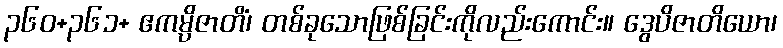
၃၆၀+၃၆၁+ ဧကမ္ပိဇာတိံ၊ တစ်ခုသောဖြစ်ခြင်းကိုလည်းကောင်း။ ဒွေပိဇာတိယော၊